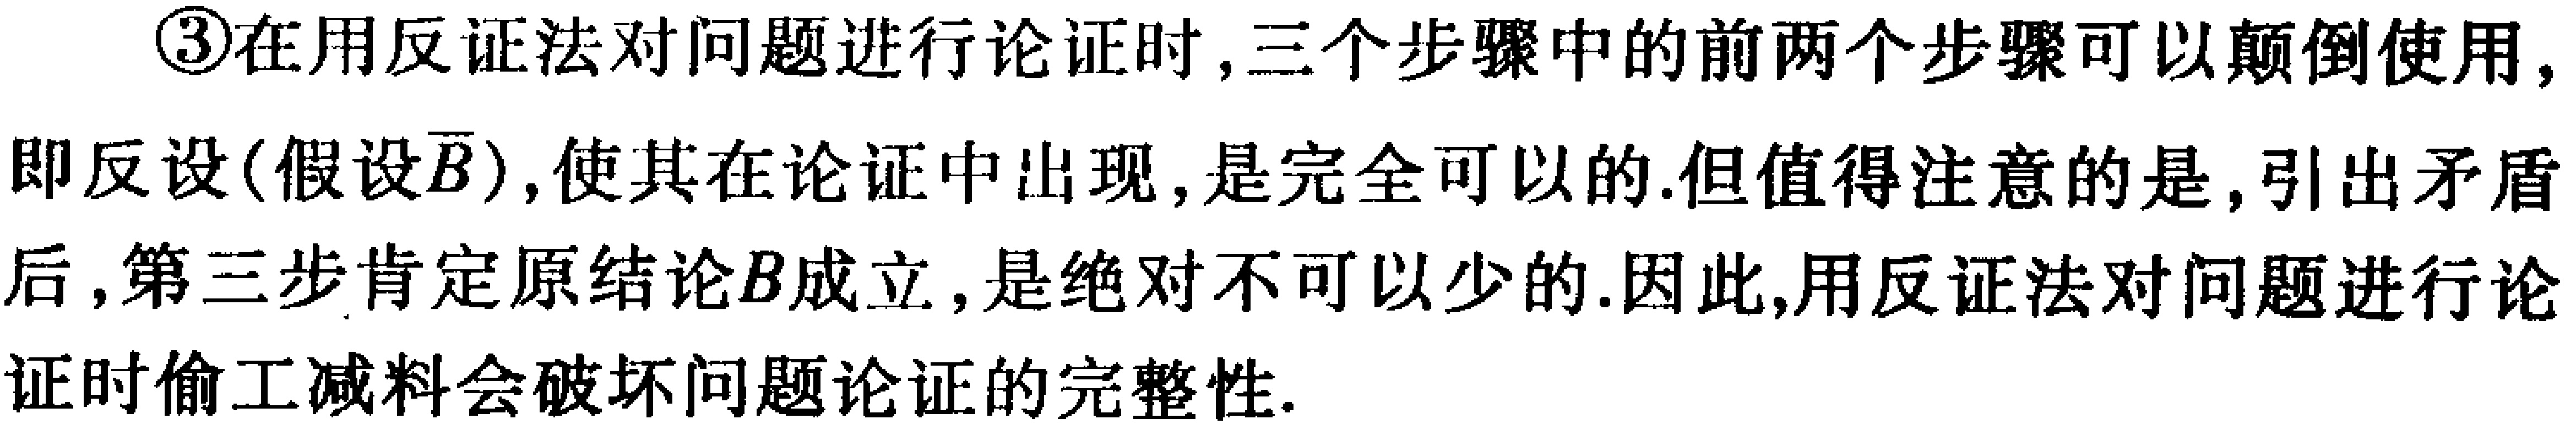
\textcircled{3}在用反证法对问题进行论证时,三个步骤中的前两个步骤可以颠倒使用,即反设(假设\(\overline{B}\)),使其在论证中出现,是完全可以的.但值得注意的是,引出矛盾后,第三步肯定原结论\(B\)成立,是绝对不可以少的.因此,用反证法对问题进行论证时偷工减料会破坏问题论证的完整性.